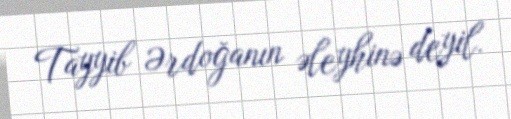
Tayyib Ərdoğanın əleyhinə deyil.